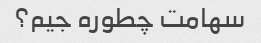
سهامت چطوره جیم؟